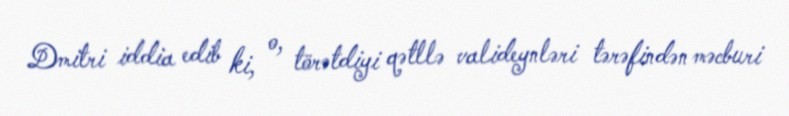
Dmitri iddia edib ki, o, törətdiyi qətllə valideynləri tərəfindən məcburi